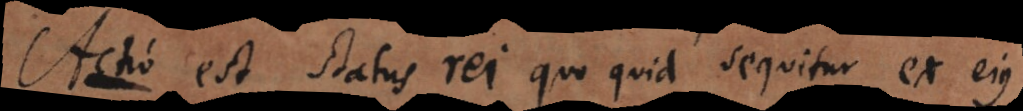
o est status rei quo quid sequitur ex ejus